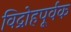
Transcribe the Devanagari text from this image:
विद्रोहपूर्वक